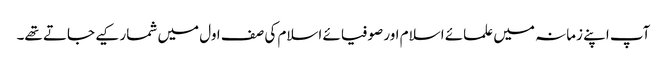
آپ اپنے زمانہ میں علمائے اسلام اور صوفیائے اسلام کی صف اول میں شمار کیے جاتے تھے۔